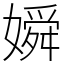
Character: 𡡞